Civil Veterinary Department. Madras. Admin. report 1926-33 - 1926-1933
Year: 1926
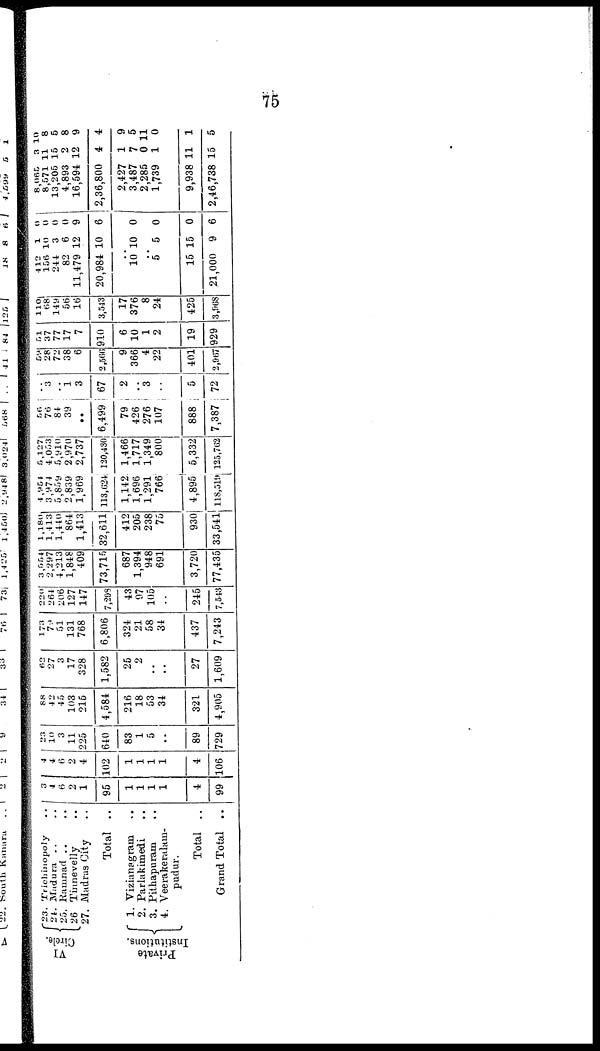
75
VI
Circle.
Private
Institutions.
23. Trichinopoly
..
24. Madura
.. ..
25. Ramnad .. ..
26 Tinnevelly ..
27. Madras City ..
Total ..
1. Vizianagram
..
2. Parlakimedi ..
3. Pithapuram ..
4. Veerakeralam-
pudur.
Total ..
Grand Total ..
3
4
6
2
1
95
1
1
1
1
4
99
4
4
6
2
4
102
1
1.
1
1
4
106
23
10
3
11
225
640
83
1
5
..
89
729
88
4 2
45
103
215
4,584
216
18
53
34
321
4,905
62
27
3
17
328
1,582
25
2
..
..
27
1,609
173
79
51
131
768
6,806
324
21
58
34
437
7,243
220
264
206
127
147
7,298
43
07
105
..
245
7,543
3,554
2,297
4,213
1,848
409
73,715
687
1,394
948
691
3,720
77,435
1,180
1,413
1,440
864
1,413
32,611
412
205
238
75
930
33,541
4,954
3,974
5,859
2,839
1,969
113,624
1,142.
1,696
1,291
766
4,895
118,519
0,127
4,053
5,910
2,970
2,737
120,430
1,466
1,717
1,349
800
5,332
125,702
56
76
84
39
..
6,499
79
426
276
107
888
7,387
3
1 3
67
2
..
3
..
5
72
59
28
72
38
6
2,566
9
366
4
22
401
2,007
51
37
77
17
7
910
6
10
1
2
19
929
110
68
149
56
16
3,513
17
376
8
24
425
3,968
412
156
244
82
11,479
20,984
1
10
3
6
12
10
0
0
0
0
9
6
..
10
..
5
15
21,000
10
5
15
9
0
0
0
6
8,065
8,571
13,205
4,893
16,594
2,36,800
2,427
3,487
2,285
1,739
9,938
2,46,738
3
11
15
2
12
4
1
7
0
1
11
15
10
8
5
8
9
4
9
5
11
0
1
5